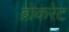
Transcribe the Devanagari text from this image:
ब्रोकरेट